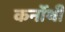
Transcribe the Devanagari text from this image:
कर्नोथी